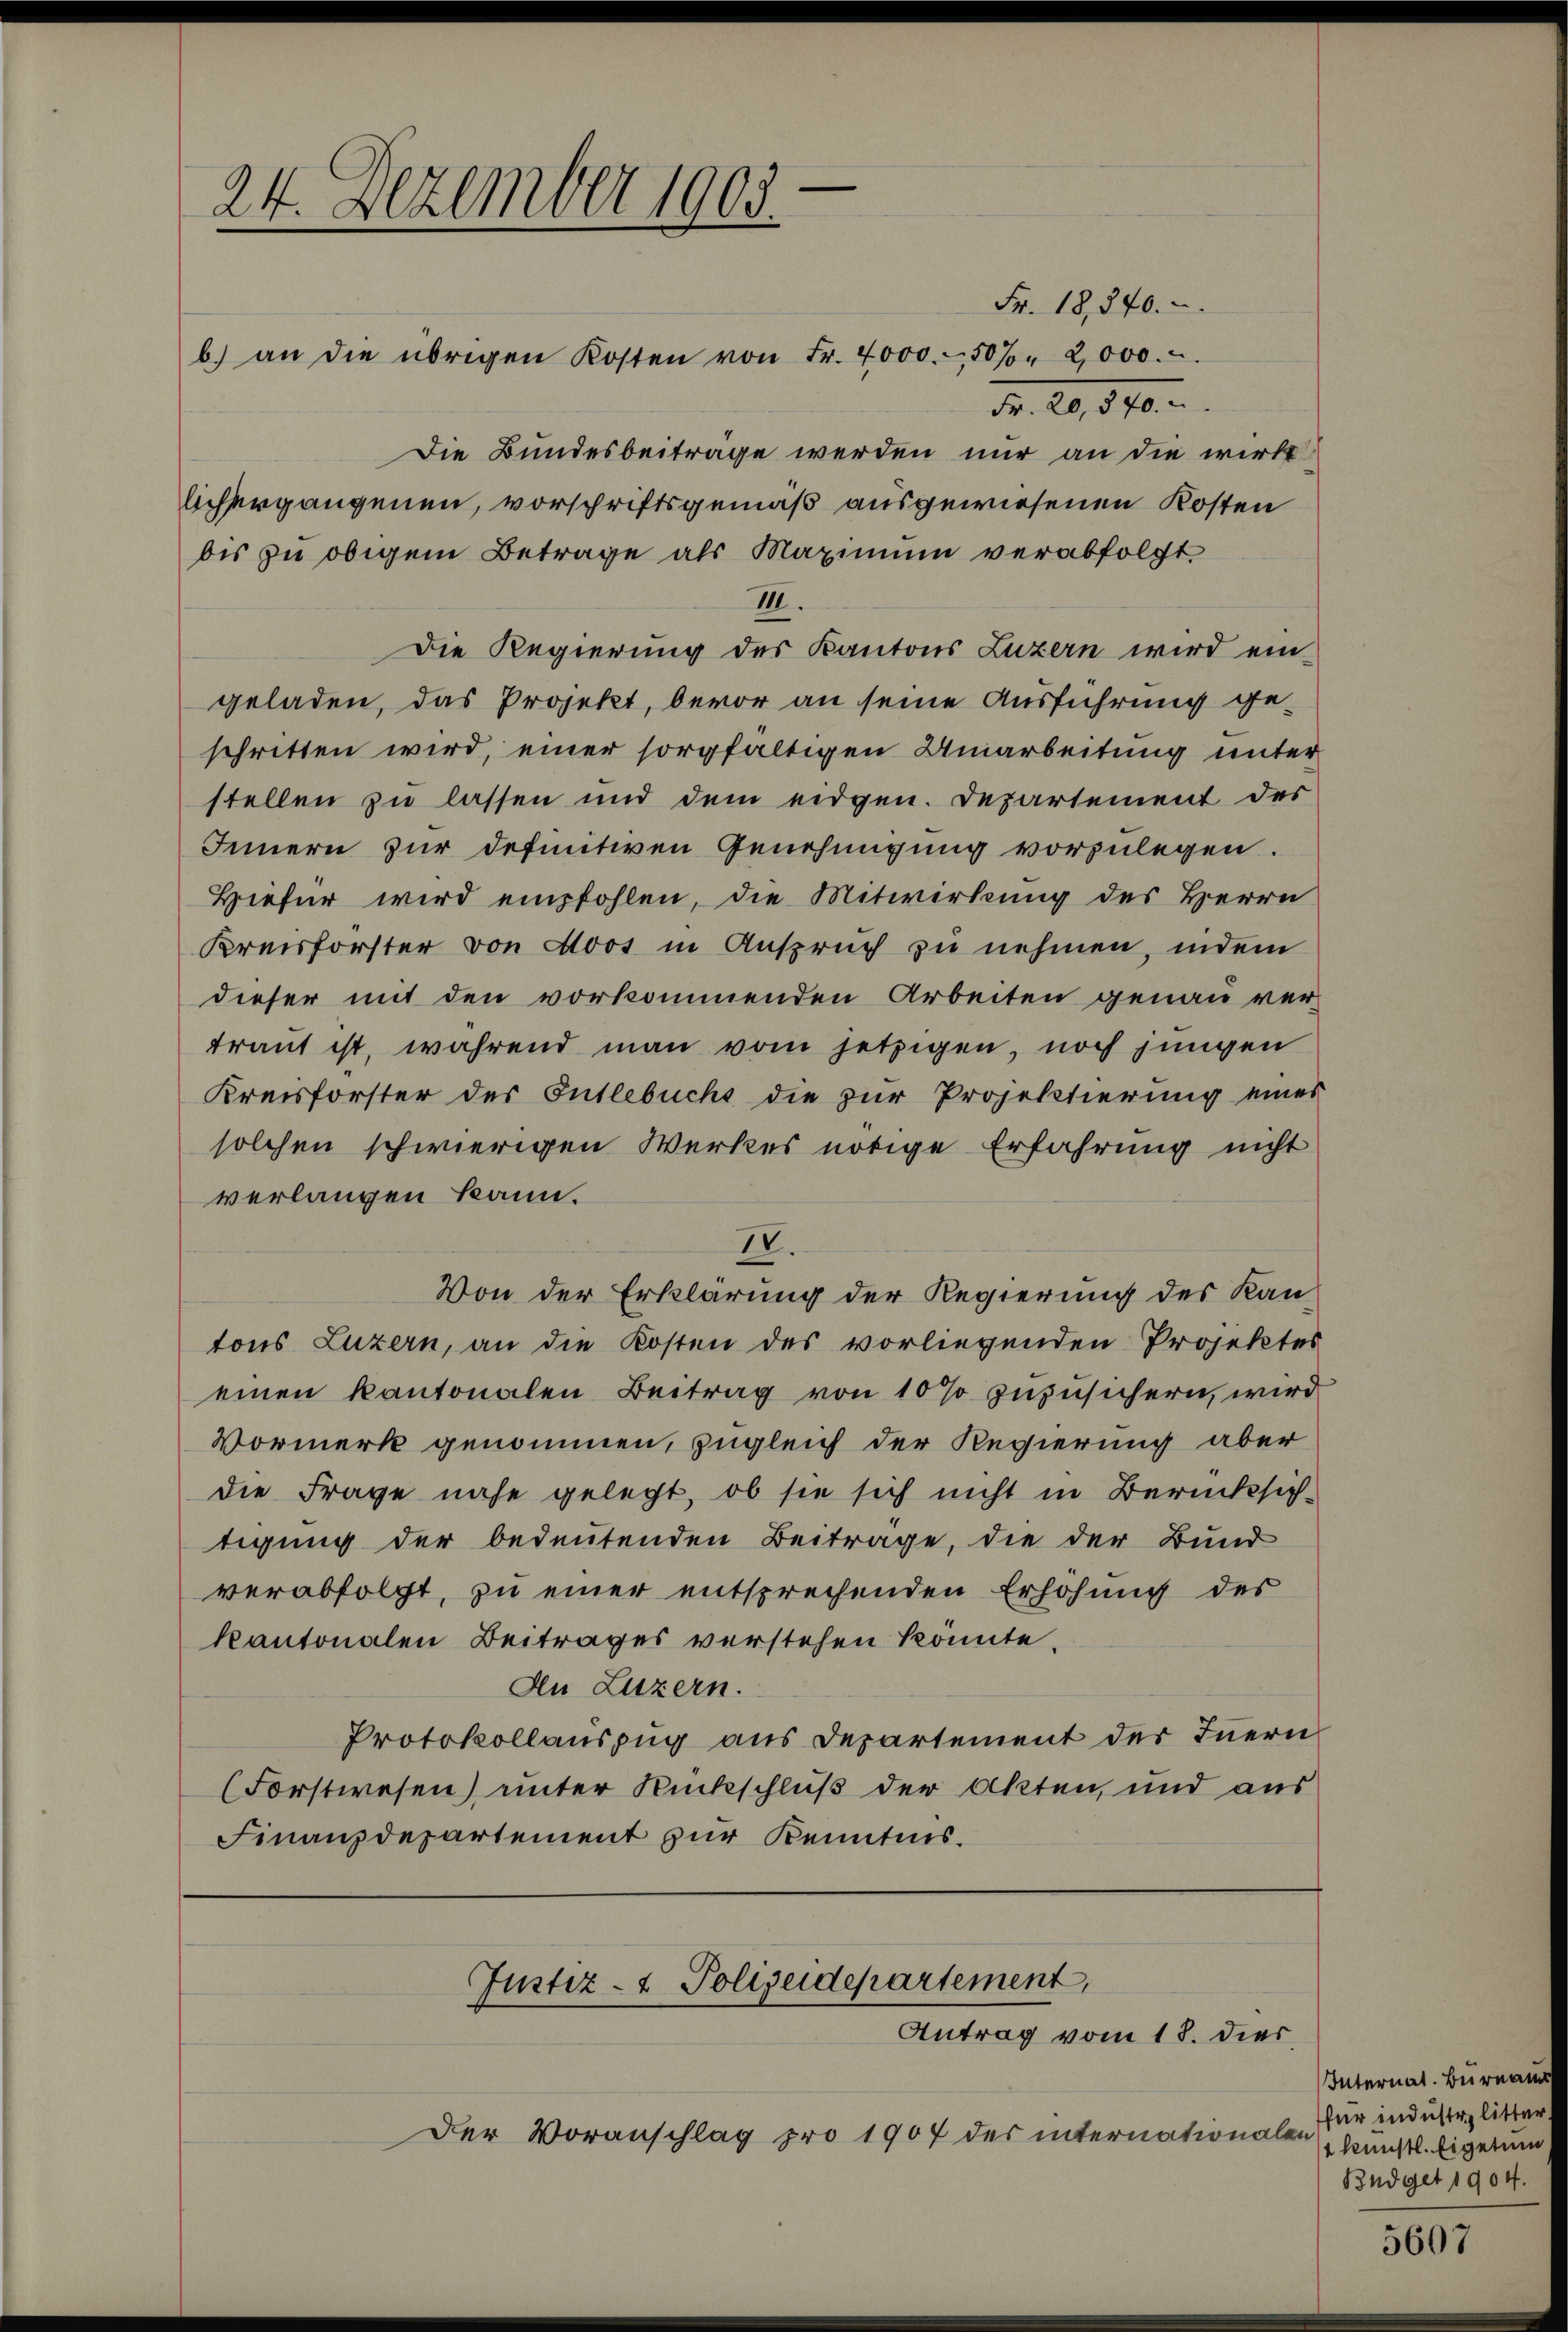
24. Dezember 1902.

Fr. 18,840.
b.) an die übrigen Kosten von Fr. 4000.- 50% " 2,000.
Fr. 20,870.
Die Bundesbeiträge werden nur an die wirk
lichergangenen, vorschriftsgemäß ausgewiesenen Kosten
bis zu obigem Betrage als Maximum verabfolgt
III.
Die Regierung des Kantons Luzern wird ein
geladen, das Projekt, bevor an seine Ausführung geschritten wird, einer sorgfaltigen Umarbeitung unter
stellen zu lassen und dem eidgen. Departement des
Innern zur definitiven Genehmigung vorzulegen.
Biefür wird empfohlen, die Mitwirkung des Herrn
Kreisforster von Moos in Anspruch zu nehmen, indem
dieser mit den vorkommenden Arbeiten genau ver-
traut ist, während man vom jetzigen, noch jungen
Kreisforster der Entlebuchs die zur Projektierung eines
solchen schwierigen Werkes nötige Erfahrung nicht
verlangen kann.
II.
Von der Erklärung der Regierung des Kan-
tons Luzern, an die Kosten des vorliegenden Projektes
einen kantonalen Beitrag von 10 % zuzusichern, wird
Vormerk genommen, zugleich der Regierung aber
die Frage nahe gelegt, ob sie sich nicht in Berücksich-
tigung der bedeutenden Beitrage, die der Bund
verabfolgt, zu einer entsprechenden Erhöhung des
kantonalen Beitrages verstehen könnte.
An Luzern.
Protokollauszug aus Departement des Innern
(Forstwesen) unter Rückschluß der Akten, und aus
Finanzdepartement zur Kenntnis.

Justiz- & Polizeidepartement,
Antrag vom 18. dies

Der Voranschlag pro 1907 des internationalen

Internat. Bureau
für industr. litter
2 künstl. Eigetum
Büdget 1904.

5607